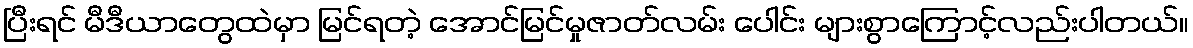
ပြီးရင် မီဒီယာတွေထဲမှာ မြင်ရတဲ့ အောင်မြင်မှုဇာတ်လမ်း ပေါင်း များစွာကြောင့်လည်းပါတယ်။